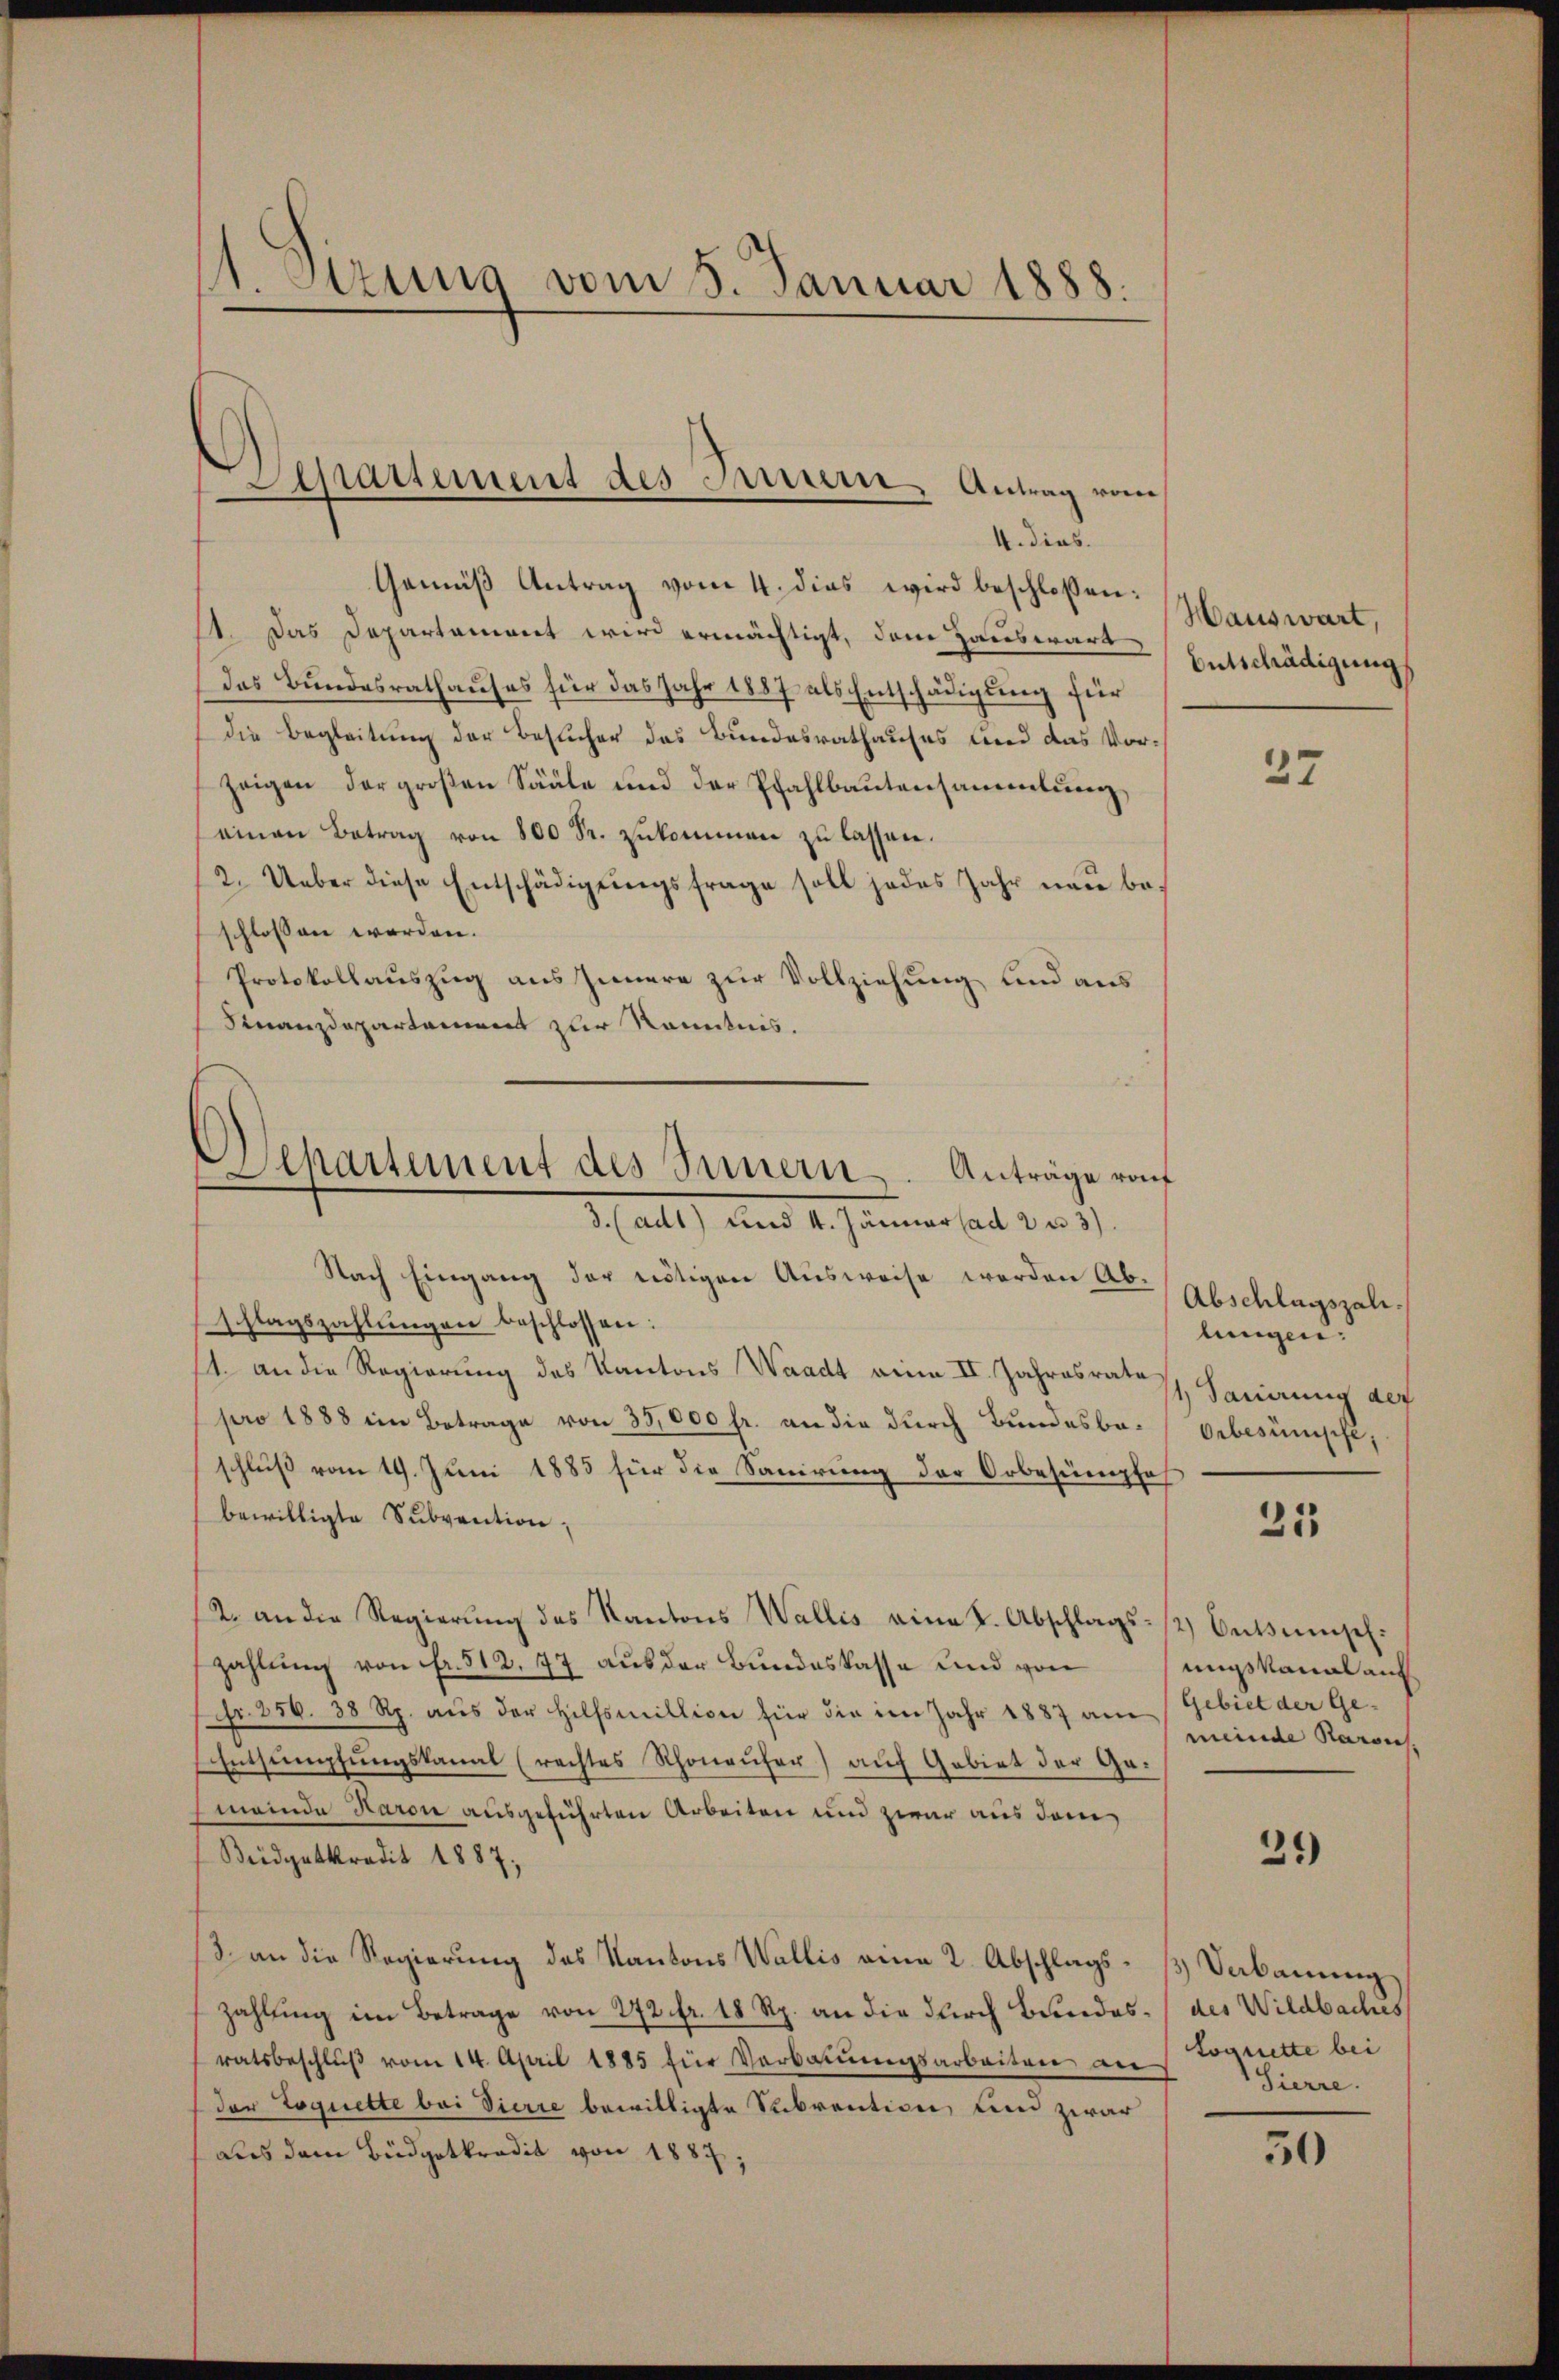
s. Stzung vom 5. Januar 1888.

Separtement des Parzern, Antrag vom
4. dies

Gemäß Antrag vom 4. dies wird beschlossen:
1. Das Departament wird ermächtigt, dem Hauswärt
das Bundesrathauses für das Jahr 1887 als Entschädigung für
die Begleitung der Besucher das Bundesrathauses und das Vorzeigen der großen Sääle und der Pfahlbautensammlung
einen Betrag von 800 Fr. zukommen zu lassen.
2. Ueber diese Entschädigŭngsfrage soll jedes Jahr neu beschlossen worden.
Protokollauszug aus Innere zur Vollziehung und aus
Finanzdepartement zur Kenntnis.
Nach Eingang der nötigen Ausweise werden Ab-
schlagszahlŭngen beschlossen:
1. an die Regierung des Kantons Waadt eine II. Jahresrates Feuerung der
pro 1883 im Betrage von 35,000 fr. an die durch Bundesbeschluß vom 19. Juni 1885 für die Sanirung der Orbesumpfe
bewilligte Subvention,
2. an die Regierung des Kantons Wallis eine I. Abschlags- / Outsumschzahlung von Fr. 512, 77 aus der Bundeskasse und von
Nr. 256. 38 Rp. aus der Hilfsmillion für die im Jahr 1887 am Gebiet der Ge¬
Entsumpfungskanal (rechtes Rhoneuher) auf Gebiet der Gemeinde Karon ausgeführten Arbeiten und zwar aus dem
Beidgetkredit 1887;
3. an die Regierung des Kantons Wallis eine 2. Abschlags-) Verbauung
zahlung im Betrage von 272 fr. 18 Rp. an die durch Bundesratsbeschlŭβ vom 14. April 1885 für Verbaŭŭngsarbeiten an
der Loquette bei Vierie bewilligte Subvention um zwar
aus dem Büdgetkredit von 1887;

Departement des Innern. Anträge rot
Hartl) und 4. Januar ad 13. 39.

Hauswart,
Entschädigung

27

Abschlagszahlungen:
Orbesumpfe,

25

müsanal auch
meinde Karon

21)

des Wildbaches
Soguette bei
Sierre.

30